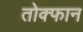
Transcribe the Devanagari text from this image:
तोक्फान